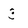
Character: 3